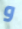
و